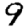
Digit: 9